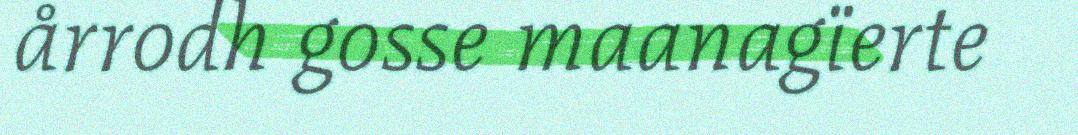
årrodh gosse maanagïerte